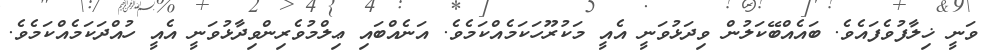
ވަނީ ޚިލާފުވެފައެވެ. ބައެއްބޭކަލުން ވިދަޅުވަނީ އެއީ މަކުރޫހަކަމެއްކަމެވެ. އަނެއްބައި ޢިލްމުވެރިންވިދާޅުވަނީ އެއީ ހުއްދަކަމެއްކަމެވެ.